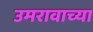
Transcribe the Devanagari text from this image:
उमरावाच्या